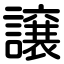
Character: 譲